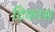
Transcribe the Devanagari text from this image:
टिकास